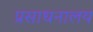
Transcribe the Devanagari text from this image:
प्रसाधनालय